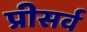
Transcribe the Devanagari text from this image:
प्रीसर्व